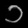
Digit: ၁